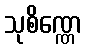
သုစိဏ္ဏေ